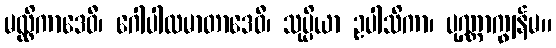
မလ္လိကာဒေဝီ၊ ဂေါပါလမာတာဒေဝီ၊ သုပ္ပိယာ ဥပါသိကာ၊ ပုဏ္ဏာကျွန်မ။